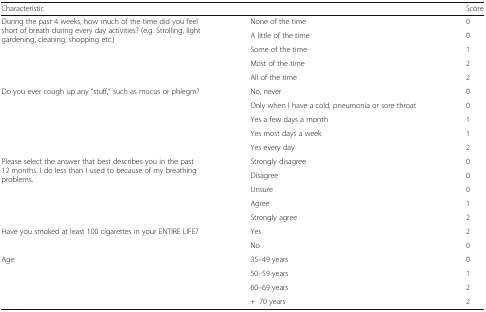
<table><thead><tr><td><b>Characteristic</b></td><td></td><td><b>Score</b></td></tr></thead><tbody><tr><td rowspan="5">During the past 4 weeks, how much of the time did you feel short of breath during every day activities? (e.g. Strolling, light gardening, cleaning, shopping etc.)</td><td>None of the time</td><td>0</td></tr><tr><td>A little of the time</td><td>0</td></tr><tr><td>Some of the time</td><td>1</td></tr><tr><td>Most of the time</td><td>2</td></tr><tr><td>All of the time</td><td>2</td></tr><tr><td rowspan="5">Do you ever cough up any “stuff,” such as mucus or phlegm?</td><td>No, never</td><td>0</td></tr><tr><td>Only when I have a cold, pneumonia or sore throat</td><td>0</td></tr><tr><td>Yes a few days a month</td><td>1</td></tr><tr><td>Yes most days a week</td><td>1</td></tr><tr><td>Yes every day</td><td>2</td></tr><tr><td rowspan="5">Please select the answer that best describes you in the past 12 months. I do less than I used to because of my breathing problems.</td><td>Strongly disagree</td><td>0</td></tr><tr><td>Disagree</td><td>0</td></tr><tr><td>Unsure</td><td>0</td></tr><tr><td>Agree</td><td>1</td></tr><tr><td>Strongly agree</td><td>2</td></tr><tr><td rowspan="2">Have you smoked at least 100 cigarettes in your ENTIRE LIFE?</td><td>Yes</td><td>2</td></tr><tr><td>No</td><td>0</td></tr><tr><td rowspan="4">Age</td><td>35–49 years</td><td>0</td></tr><tr><td>50–59 years</td><td>1</td></tr><tr><td>60–69 years</td><td>2</td></tr><tr><td>+70 years</td><td>2</td></tr></tbody></table>